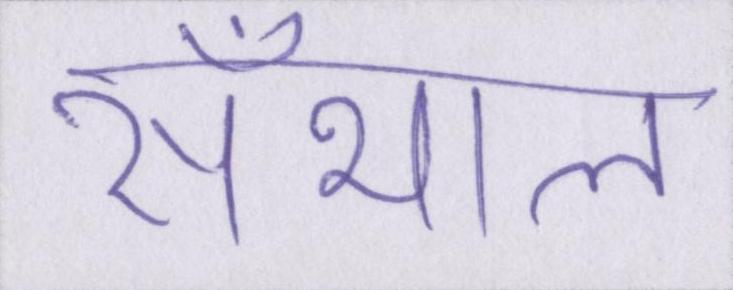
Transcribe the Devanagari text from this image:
सँभाल